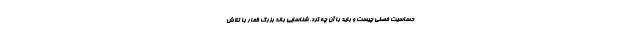
حساسیت فصلی چیست و باید با آن چه کرد. شناسایی باند بزرگ قمار با تلاش